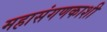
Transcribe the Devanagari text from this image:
महासंगणकाशी